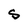
Character: S